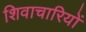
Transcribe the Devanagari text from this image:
शिवाचारियों